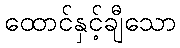
ထောင်နှင့်ချီသော